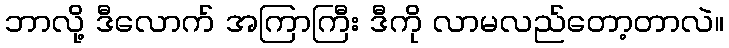
ဘာလို့ ဒီလောက် အကြာကြီး ဒီကို လာမလည်တော့တာလဲ။